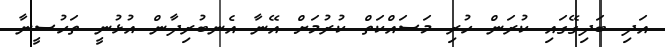
އަދި ބަދިގޭގައި ކުރަން ހުރި މަސައްކަތް ކުރުމަށް އޭނާ އެނބުރިދާން އުޅުނީ ތަހުސީނާ